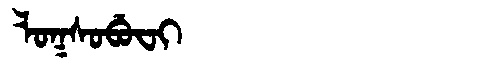
Manchu: ᠯᠣᡴᠰᠣᠪᡠᠸᡳ
Romanization: LOKSOBUFI